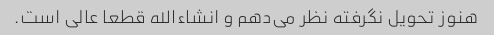
هنوز تحویل نگرفته نظر می‌دهم و انشاءالله قطعا عالی است.